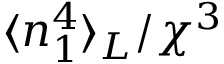
\langle n _ { 1 } ^ { 4 } \rangle _ { L } / \chi ^ { 3 }